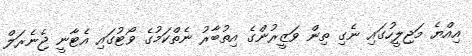
އިއްޔެ މަޖިލީހުގައި ނެގި ތިން ވަޒީރުންގެ އިތުބާރު ނެތްކަމުގެ ވޯޓުގައި އެޓާނީ ޖެނެރަލް